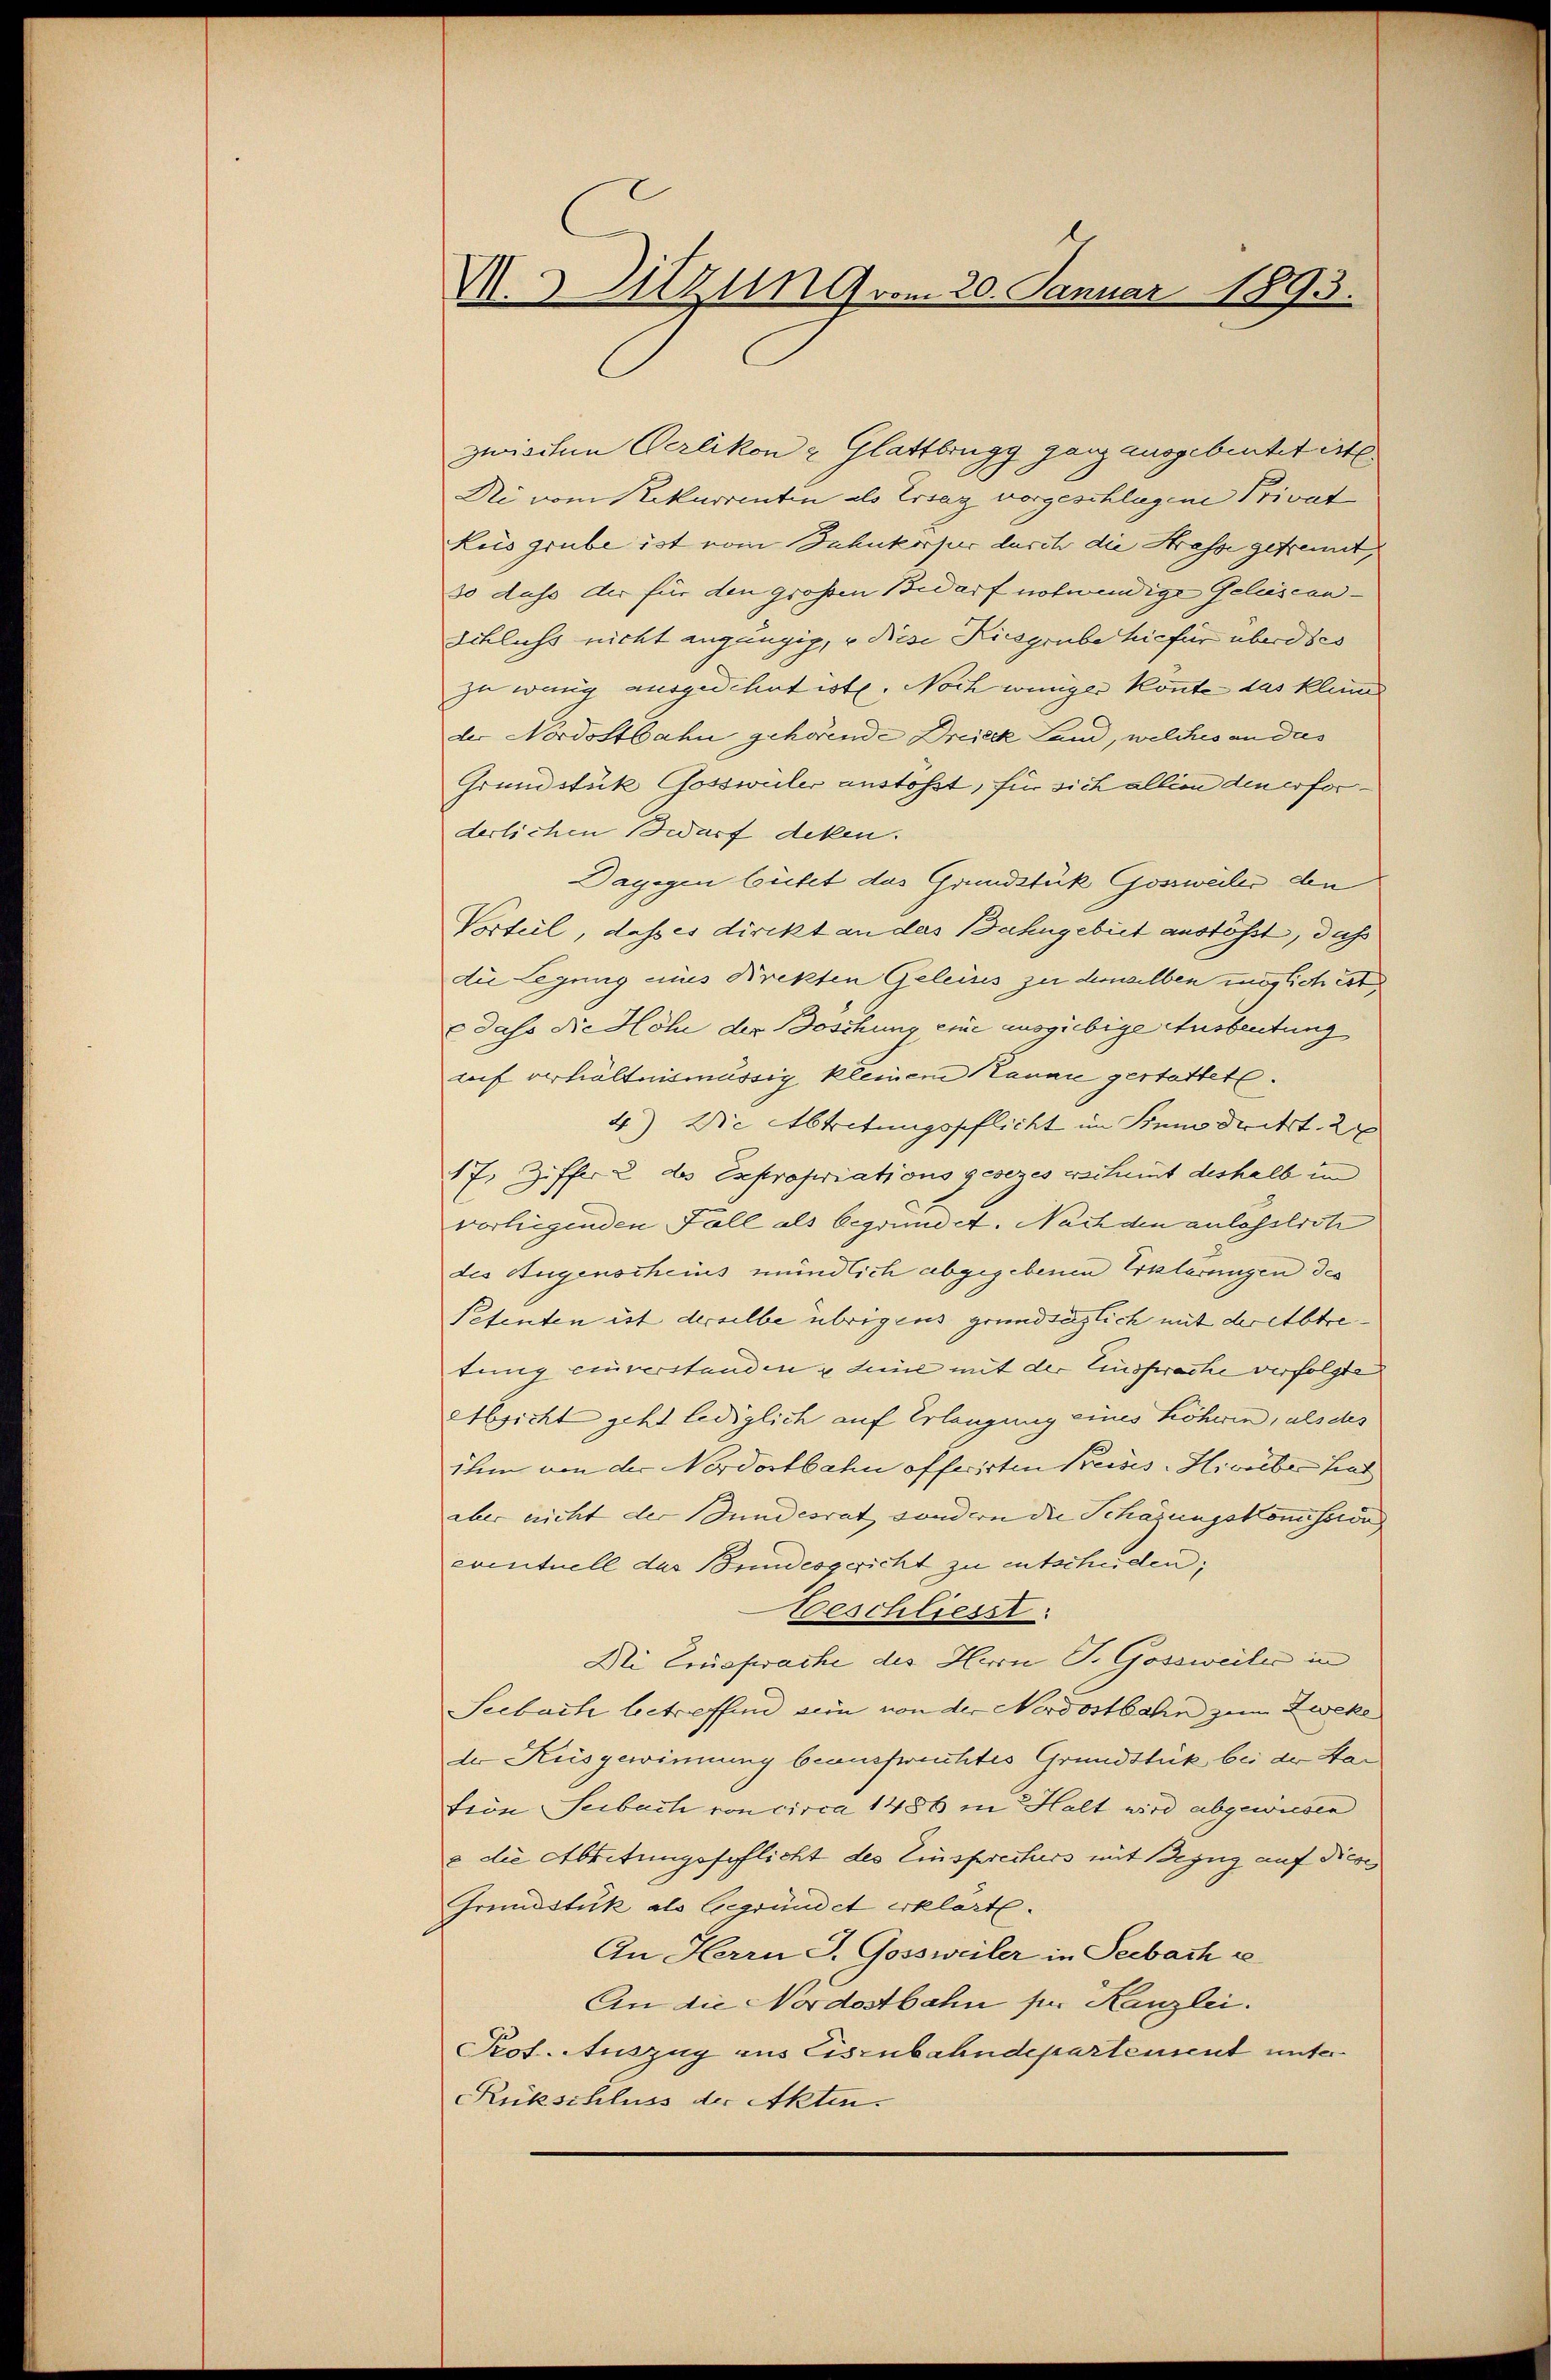
V.3 Azung vom 20. Januar 1893.

zwischen Perlikon & Glattbrugg ganz ausgebeutet ert
Ni vom Rekurrenten als Ersaz vorgeschlagene Privat
Lus grube ist vom Inhukorpier durch die Strasse getrennt,
so dass der für den großen Bedarf notwendige Gelüscan¬
Acklichs nicht angängig, u diese Kiesgrube hiefür überdies
zu wenig ausgedehnt ist. Noch weniger konnte das kleine
der Nordostbahn gehörende Dreieck Land, welches an das
Grundstük Gosswüler anstösst, für sich allein den erforderlichen Bedarf deken.
Dagegen beitet das Grundstück Gossweiler den
Vorteil, daß es direkt an das Bahngebiet anstößt, daß
die Legung eines Krekten Geleises zu demselben möglich ist
dass die Höhe der Doschung eine ausgiebige Ausbeutung
lof verhältnismässig kleinem Hannie gestattet.
4) Die Abtretungspflicht im Bem dritt. 27
17. Ziffer des Expropriationsgesezes erschent deshalb in
vorliegenden Fall als begründet. Nach den anlassliche
des Augenscheins mündlich abgegebenen Erklärungen des
Petenten ist derselbe übrigens grundsäglich mit derelbtre
tung einverstanden & dene mit der Einsprache verfolgte
Absicht geht lediglich auf Erlangung eines höheren, als des
ihm von der Nordostbahn offerirten Preises-Hivilbe hat
aber nicht der Bundesrat sondern die Schazungskomission |
eventuell das Bundesgericht zu entscheiden;
Beschliesst.
Di Einsprache des Herrn P. Gossweiler in
Seebach betreffend sein von der Nordostbahn zum Zweke
der Kusgewinnung beausfruchtes Grundstück bei der Star
tion Seebach von circa 1486 in Halt wird abgewiesen
e die Absitungsfeflicht des Einsprecturs mit Bezug auf diese
Grundstük als begründet erklärte.
An Herrn J. Gossweiler in Seebach e
An die Nordostbahn für Kanzlei.
Prof. Auszug aus Eisenbahndepartement unter
Rückschluss der Akten.